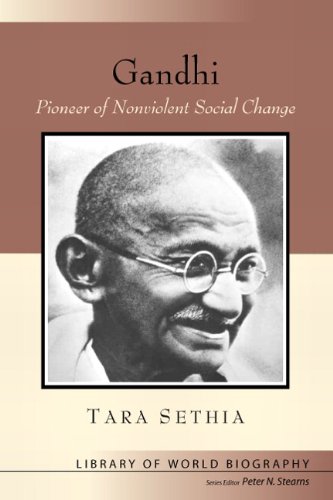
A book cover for Gandhi: Pioneer of Nonviolent Social Change (Library of World Biography); Tara Sethia; Religion & Spirituality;